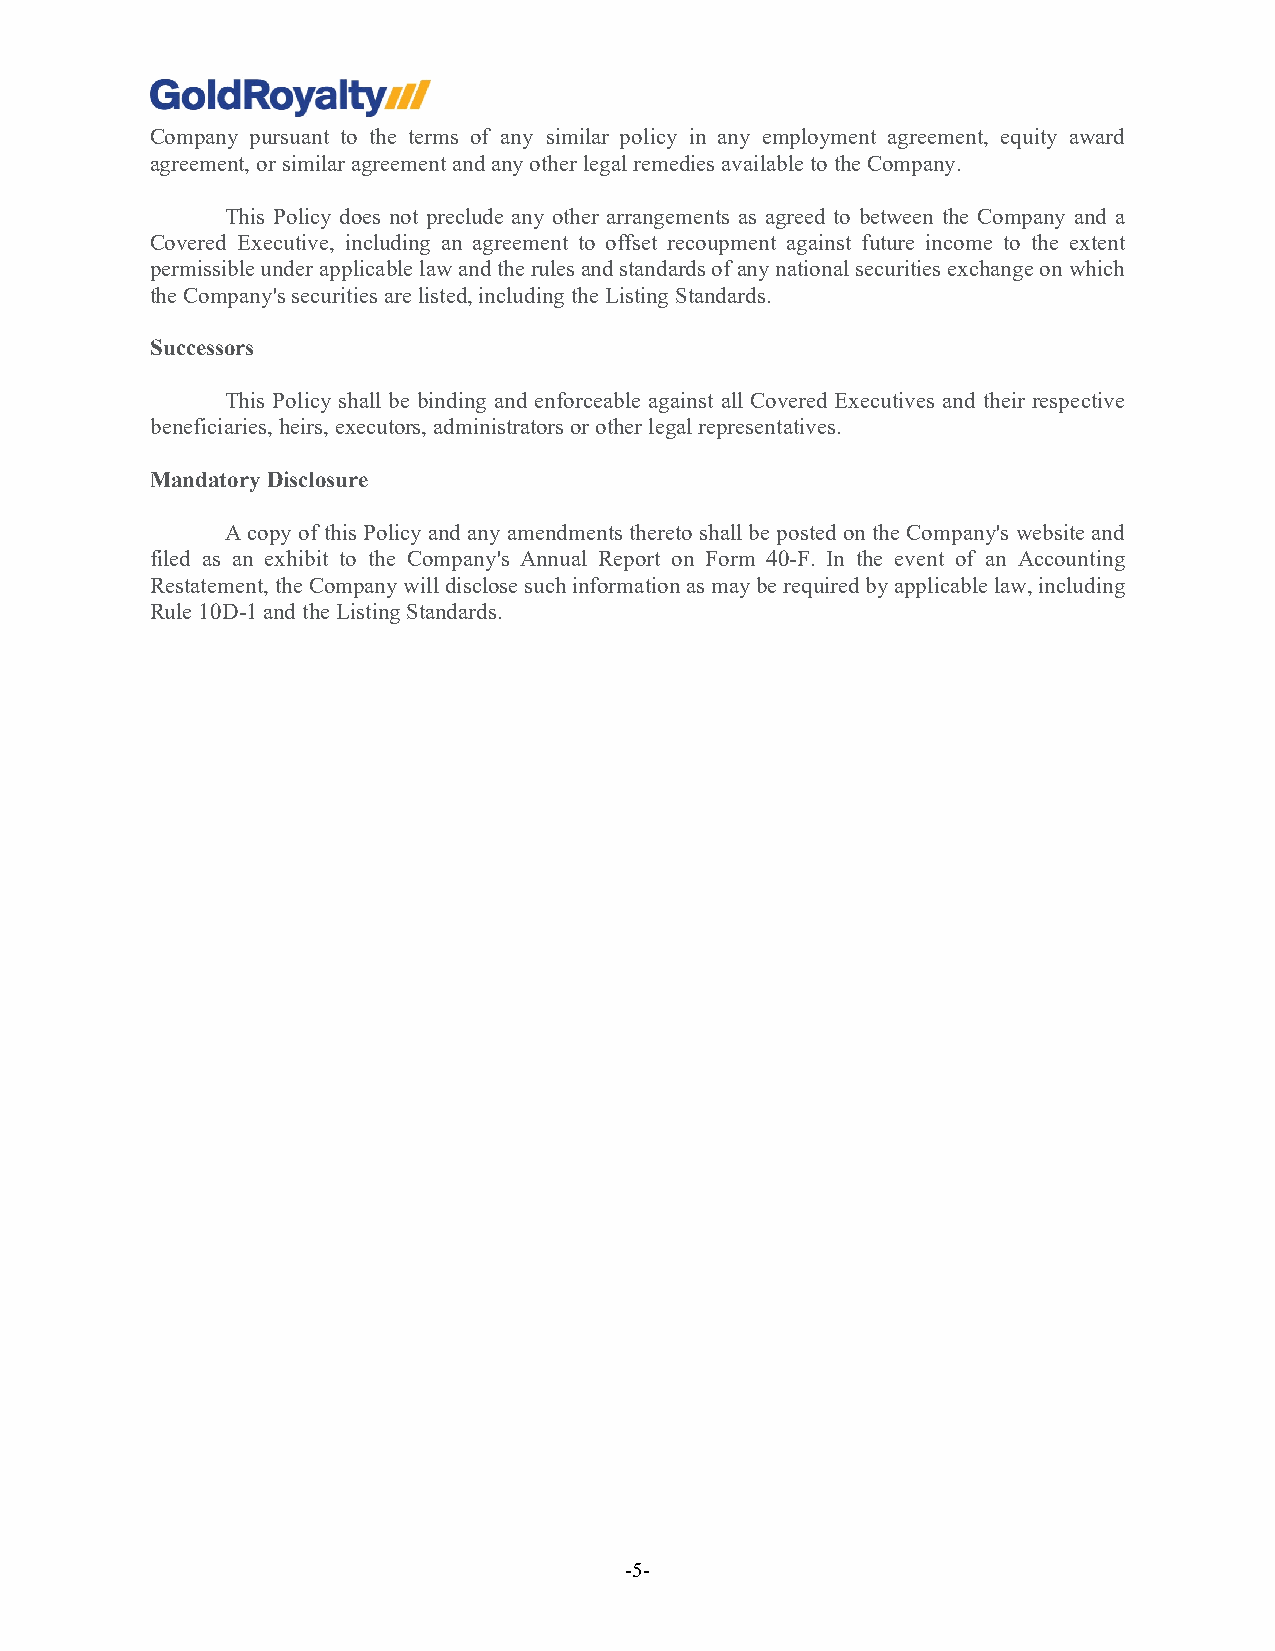
Company pursuant to the terms of any similar policy in any employment agreement, equity award
 agreement, or similar agreement and any other legal remedies available to the Company.
 This Policy does not preclude any other arrangements as agreed to between the Company and a
 Covered Executive, including an agreement to offset recoupment against future income to the extent
 permissible under applicable law and the rules and standards of any national securities exchange on which
 the Company's securities are listed, including the Listing Standards.
 Successors
 This Policy shall be binding and enforceable against all Covered Executives and their respective
 beneficiaries, heirs, executors, administrators or other legal representatives.
 Mandatory Disclosure
 A copy of this Policy and any amendments thereto shall be posted on the Company's website and
 filed as an exhibit to the Company's Annual Report on Form 40-F. In the event of an Accounting
 Restatement, the Company will disclose such information as may be required by applicable law, including
 Rule 10D-1 and the Listing Standards.
 -5-